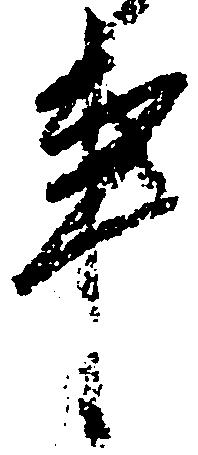
事